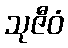
သုဇီဝံ